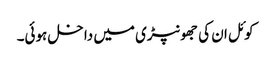
کوئل ان کی جھونپڑی میں داخل ہوئی۔